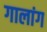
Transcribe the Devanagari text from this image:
गालांग